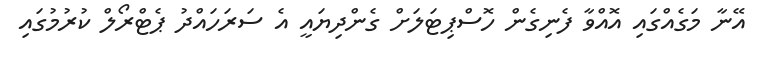
އޭނާ މަގެއްގައި އޮއްވާ ފެނިގެން ހޮސްޕިޓަލަށް ގެންދިޔައީ އެ ސަރަހައްދު ޕެޓްރޯލް ކުރުމުގައި